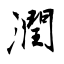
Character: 潤